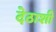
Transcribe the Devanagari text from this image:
देठाशी